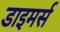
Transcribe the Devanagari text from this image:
डाइमर्स